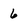
Character: 6